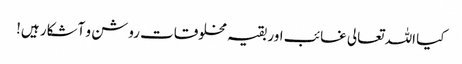
کیا اللہ تعالی غائب اور بقیہ مخلوقات روشن و آشکار ہیں!